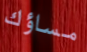
مساؤك